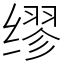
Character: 缪